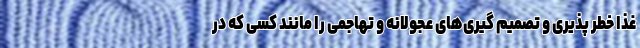
غذا خطر پذیری و تصمیم گیری‌های عجولانه و تهاجمی را مانند کسی که در